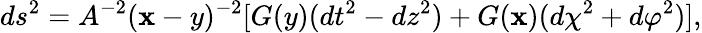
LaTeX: ds^{2}=A^{-2}(\mathbf{x}-y)^{-2}[G(y)(dt^{2}-dz^{2})+G(\mathbf{x})(d\chi^{2}+d\varphi^{2})],